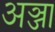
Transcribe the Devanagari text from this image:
अञ्जा